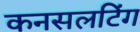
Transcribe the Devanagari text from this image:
कनसलटिंग